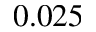
0 . 0 2 5